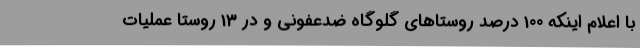
با اعلام اینکه 100 درصد روستاهای گلوگاه ضدعفونی و در 13 روستا عملیات